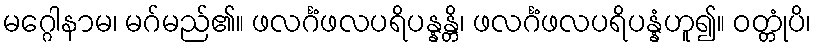
မဂ္ဂေါနာမ၊ မဂ်မည်၏။ ဖလင်္ဂံဖလပရိပန္နန္တိ၊ ဖလင်္ဂံဖလပရိပန္နံဟူ၍။ ဝတ္တုံပိ၊